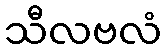
သီလဗလံ